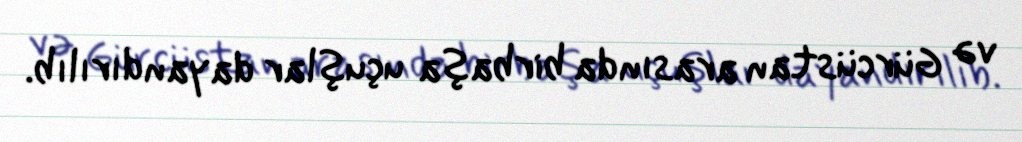
və Gürcüstan arasında birbaşa uçuşlar dayandırılıb.